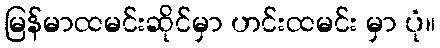
မြန်မာထမင်းဆိုင်မှာ ဟင်းထမင်း မှာ ပုံ။